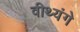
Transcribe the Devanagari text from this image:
वीथ्यंगे